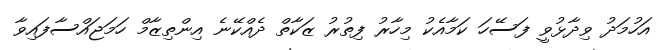
އަހުމަދު ވިދާޅުވީ ފަސޭހަ ކަމާއެކު މިހާރު ފިތުރު ޒަކާތް ދެއްކޭނެ އިންތިޒާމް ހަމަޖައްސާފައިވާ